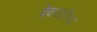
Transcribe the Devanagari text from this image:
देवसरिया